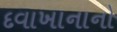
દવાખાનાનો